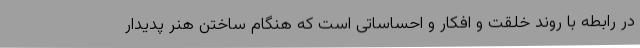
در رابطه با روند خلقت و افکار و احساساتی است که هنگام ساختن هنر پدیدار